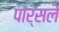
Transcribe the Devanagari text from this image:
पार्सले